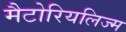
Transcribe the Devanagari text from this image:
मैटोरियलिज्म